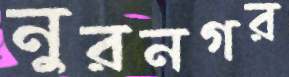
নুরনগর